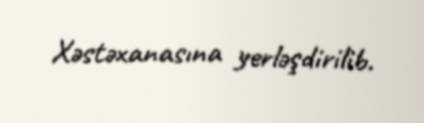
Xəstəxanasına yerləşdirilib.